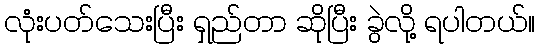
လုံးပတ်သေးပြီး ရှည်တာ ဆိုပြီး ခွဲလို့ ရပါတယ်။